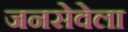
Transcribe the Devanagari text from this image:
जनसेवेला